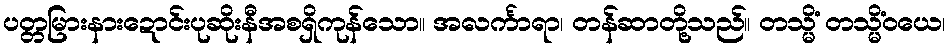
ပတ္တမြားနားဍောင်းပုဆိုးနီအစရှိကုန်သော။ အလင်္ကာရာ၊ တန်ဆာတို့သည်။ တသ္မိံ တသ္မိံဝယေ၊